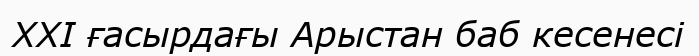
XXI ғасырдағы Арыстан баб кесенесі